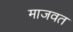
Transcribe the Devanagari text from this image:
माजवत